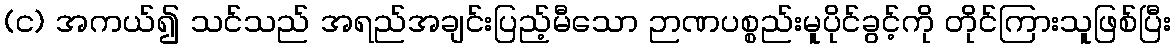
(င) အကယ်၍ သင်သည် အရည်အချင်းပြည့်မီသော ဉာဏပစ္စည်းမူပိုင်ခွင့်ကို တိုင်ကြားသူဖြစ်ပြီး